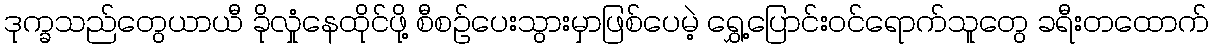
ဒုက္ခသည်တွေယာယီ ခိုလှုံနေထိုင်ဖို့ စီစဉ်ပေးသွားမှာဖြစ်ပေမဲ့ ရွှေ့ပြောင်းဝင်ရောက်သူတွေ ခရီးတထောက်